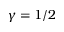
\gamma = 1 / 2